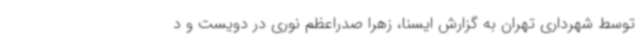
توسط شهرداری تهران به گزارش ایسنا، زهرا صدراعظم نوری در دویست و د